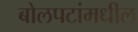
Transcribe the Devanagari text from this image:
बोलपटांमधील